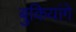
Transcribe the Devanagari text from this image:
बुकियांगे